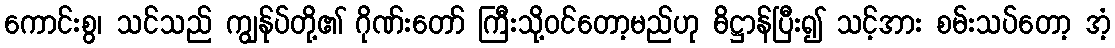
ကောင်းစွ၊ သင်သည် ကျွန်ုပ်တို့၏ ဂိုဏ်းတော် ကြီးသို့ဝင်တော့မည်ဟု ဓိဋ္ဌာန်ပြီး၍ သင့်အား စမ်းသပ်တော့ အံ့